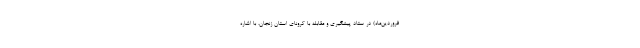
فروردین‌ماه) در ستاد پیشگیری و مقابله با کرونای استان زنجان، با اشاره